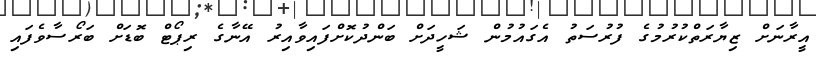
އީރާނަށް ޒިޔާރަތްކުރުމުގެ ފުރުސަތު އެގައުމުން ޝަހީދަށް ބަންދުކޮށްފައިވާއިރު އޭނާގެ ރިޕޯޓް ބޮޑަށް ބަރޯސާވެފައި